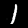
Digit: 1